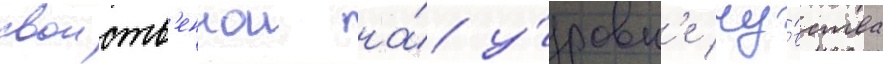
своиств'еннои на́ у́ровн'е чу́вства